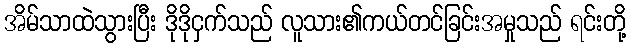
အိမ်သာထဲသွားပြီး ဒိုဒိုငှက်သည် လူသား၏ကယ်တင်ခြင်းအမှုသည် ရင်းတို့